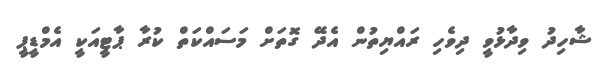
ޝާހިދު ވިދާޅުވީ ދިވެހި ރައްޔިތުން އެދޭ ގޮތަށް މަސައްކަތް ކުރާ ޕާޓީއަކީ އެމްޑީޕީ